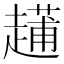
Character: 𧽬